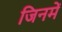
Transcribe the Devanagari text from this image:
जिनमें